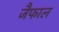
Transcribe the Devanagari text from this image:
जैफाल